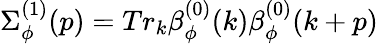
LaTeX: \Sigma_{\phi}^{(1)}(p)=Tr_{k}\beta_{\phi}^{(0)}(k)\beta_{\phi}^{(0)}(k+p)